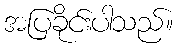
အပြခိုင်းပါသည်။